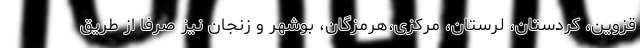
قزوین، کردستان، لرستان، مرکزی،هرمزگان، بوشهر و زنجان نیز صرفا از طریق